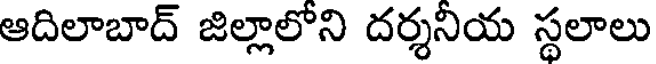
ఆదిలాబాద్ జిల్లాలోని దర్శనియ స్థలాలు